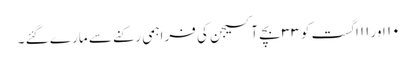
۱۰ اور ۱۱اگست کو ۳۳ بچے آکسیجن کی فراہمی رکنے سے مارے گئے ۔